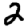
Digit: 2